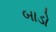
બાડો